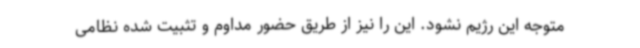
متوجه این رژیم نشود. این را نیز از طریق حضور مداوم و تثبیت شده نظامی